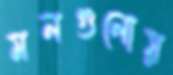
মলগুলোয়